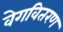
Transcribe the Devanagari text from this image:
वेगवितरण